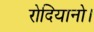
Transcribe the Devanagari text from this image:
रोदियानो।